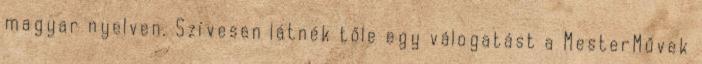
magyar nyelven. Szívesen látnék tőle egy válogatást a MesterMűvek